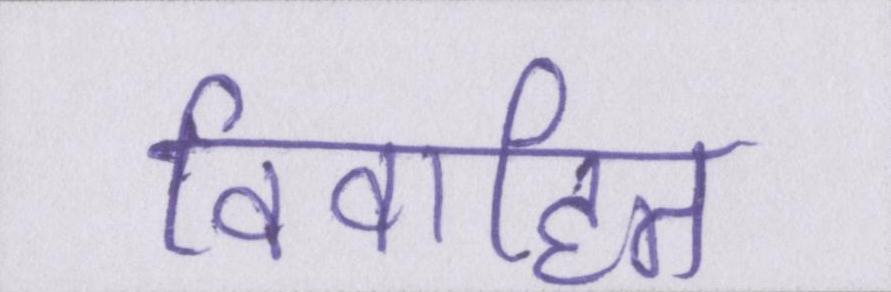
विवाहित